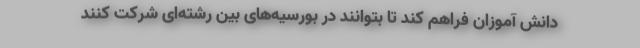
دانش آموزان فراهم کند تا بتوانند در بورسیه‌های بین رشته‌ای شرکت کنند